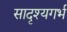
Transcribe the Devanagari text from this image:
सादृश्यगर्भ